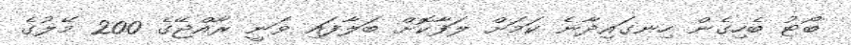
ބޯޓު ބެހިގެން ހިނގައިދާނެ ކަމަށް ލަފާކޮށް ބަލާފައި ވަނީ ރާއްޖޭގެ 200 މޭލުގެ